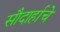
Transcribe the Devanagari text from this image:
सौदार्हाचे